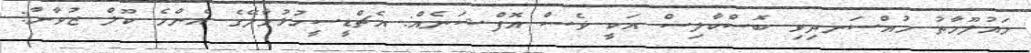
މައުލޫމާތު މުއްސަނދިވި ބޮސްކާލިސް އަކީ ވެސް އޮފްޝަނެއް: އެޗްޑީސީހުޅުމާލޭގެ އެންމެ ކޫލް ޒުވާނާ: